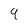
Character: 9